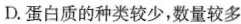
D. 蛋白质的种类较少,数量较多